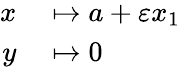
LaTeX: \begin{array}{rl}{x}&{{}\mapsto a+\varepsilon x_{1}}\\ {y}&{{}\mapsto 0}\end{array}